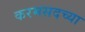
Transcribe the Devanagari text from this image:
करमसदच्या